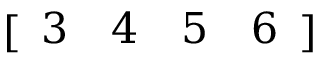
[ \begin{array} { l l l l } { 3 } & { 4 } & { 5 } & { 6 } \end{array} ]